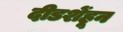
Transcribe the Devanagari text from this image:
दीडशेंहून